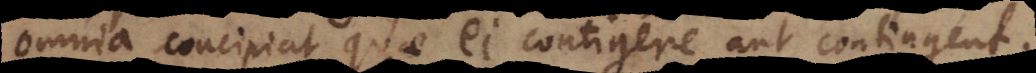
omnia concipiat quae ei contigere aut contingent.